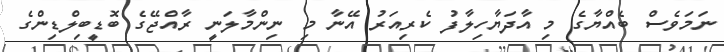
ނަމަވެސް ބެއްޔާގެ މި އާދަޔާހިލާފު ކެރިއަރު އޭނާ މި ނިންމާލަނީ ރާއްޖޭގެ ބޮޑީބިލްޑިންގެ